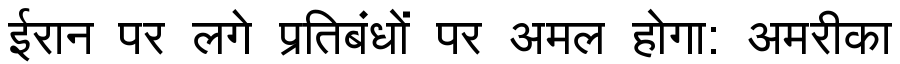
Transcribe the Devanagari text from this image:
ईरान पर लगे प्रतिबंधों पर अमल होगा: अमरीका